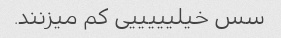
سس خیلیییییی کم میزنند.